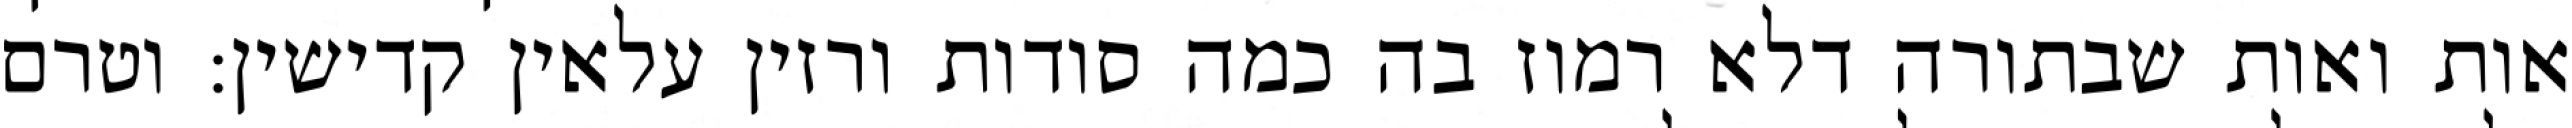
אות ואות שבתורה דלא רמוז בה כמה סודות ורזין עלאין קדישין: וטרם